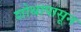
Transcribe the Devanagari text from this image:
शोथापासून